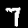
Digit: 7